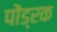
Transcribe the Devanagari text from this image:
पोंड्रक